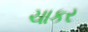
ચાકર